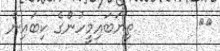
٢١        ތިޔަބައިމީހުންގެ ކިބައިން